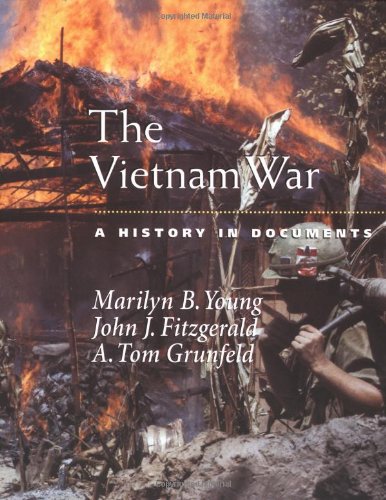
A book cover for The Vietnam War: A History in Documents (Pages from History); Marilyn B. Young; Children's Books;